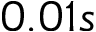
0 . 0 1 s